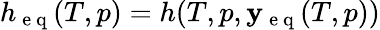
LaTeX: h_{\mathrm{~e~q~}}(T,p)=h(T,p,\mathbf{y_{\mathrm{~e~q~}}}(T,p))